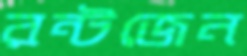
রন্টজেন